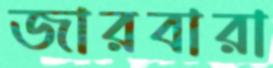
জারবারা